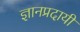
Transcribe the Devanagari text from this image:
ज्ञानप्रदायी